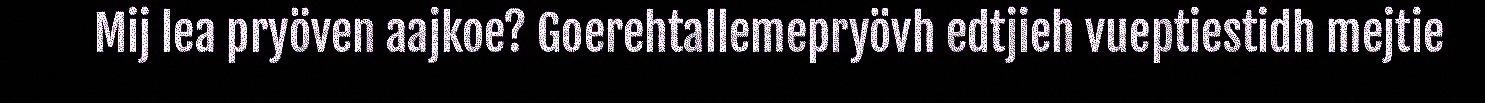
Mij lea pryöven aajkoe? Goerehtallemepryövh edtjieh vueptiestidh mejtie